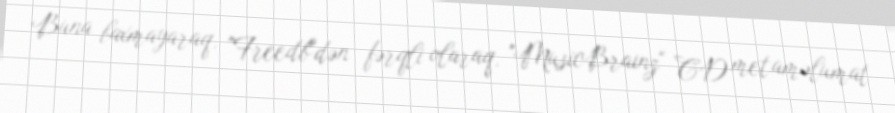
Buna baxmayaraq, "Freedb"dən fərqli olaraq, "MusicBrainz" CD metaməlumat